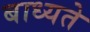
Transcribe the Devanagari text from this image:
बाध्यते